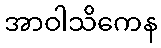
အာဝါသိကေန